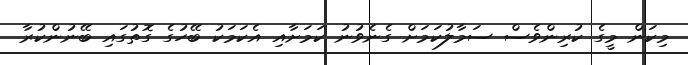
މިކަން މީގެ ކުރިންވެސް ސަމާލުކަމަށް ގެނެވުނު ކަމަށާއި އެކަމަކު ބޭހުގެ ގޮތުގައި ބޭނުންކުރާ